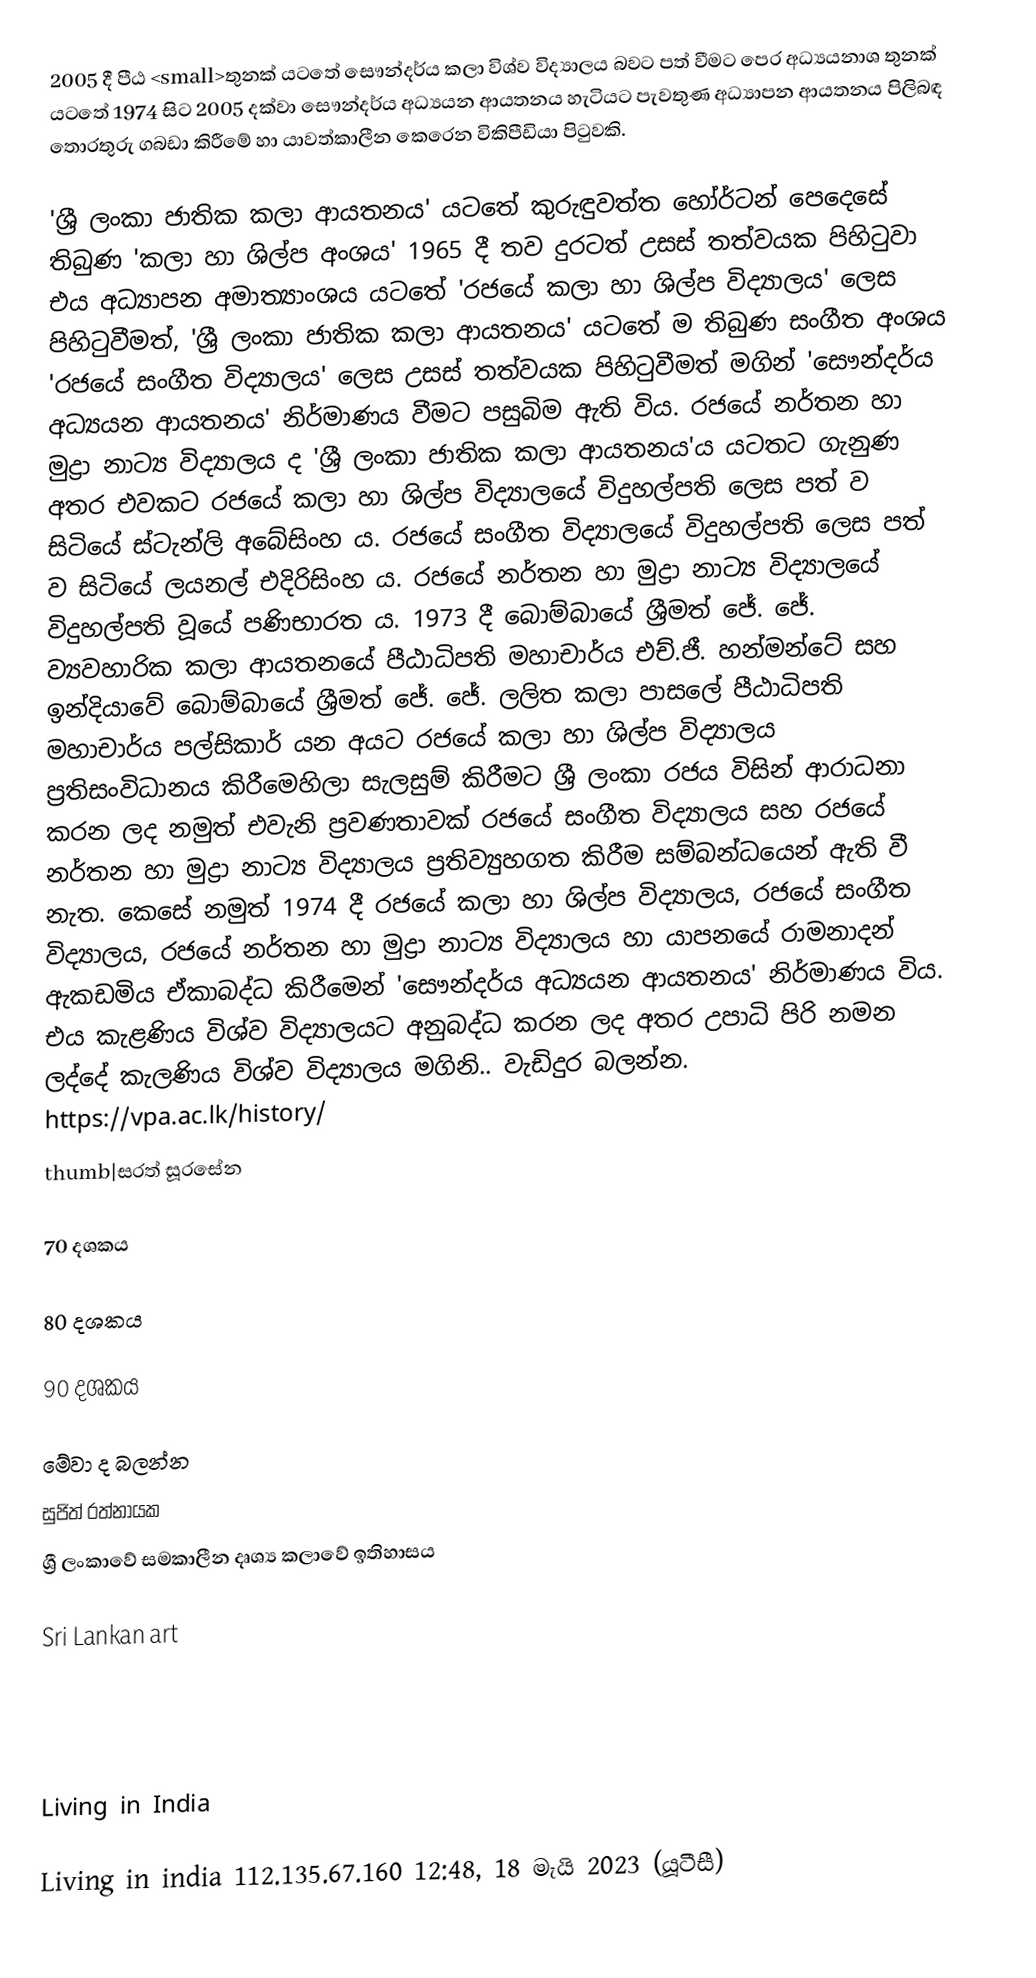
2005 දී පීඨ <small>තුනක් යටතේ සෞන්දර්ය කලා  විශ්ව විද්‍යාලය බවට පත් වීමට පෙර අධ්‍යයනාශ තුනක් යටතේ 1974 සිට 2005 දක්වා සෞන්දර්ය අධ්‍යයන ආයතනය හැටියට පැවතුණ අධ්‍යාපන ආයතනය පිලිබඳ තොරතුරු ගබඩා කිරීමේ හා යාවත්කාලීන කෙරෙන විකිපීඩියා පිටුවකි.

'ශ්‍රී ලංකා ජාතික කලා ආයතනය' යටතේ කුරුඳුවත්ත  හෝර්ටන් පෙදෙසේ  තිබුණ 'කලා හා ශිල්ප අංශය' 1965 දී තව දුරටත්  උසස් තත්වයක පිහිටුවා  එය අධ්‍යාපන අමාත්‍යාංශය යටතේ 'රජයේ කලා හා ශිල්ප විද්‍යාලය' ලෙස  පිහිටුවීමත්,   'ශ්‍රී ලංකා ජාතික කලා ආයතනය' යටතේ ම තිබුණ සංගීත අංශය 'රජයේ සංගීත විද්‍යාලය' ලෙස උසස් තත්වයක පිහිටුවීමත් මගින්   'සෞන්දර්ය අධ්‍යයන ආයතනය' නිර්මාණය වීමට පසුබිම ඇති විය. රජයේ නර්තන හා මුද්‍රා නාට්‍ය විද්‍යාලය ද  'ශ්‍රී ලංකා ජාතික කලා ආයතනය'ය යටතට ගැනුණ අතර  එවකට    රජයේ කලා හා ශිල්ප විද්‍යාලයේ විදුහල්පති ලෙස පත් ව සිටියේ ස්ටැන්ලි අබේසිංහ ය. රජයේ සංගීත විද්‍යාලයේ  විදුහල්පති ලෙස පත් ව සිටියේ ලයනල් එදිරිසිංහ  ය. රජයේ නර්තන හා මුද්‍රා නාට්‍ය විද්‍යාලයේ විදුහල්පති වූයේ පණිභාරත ය. 1973 දී බොම්බායේ ශ්‍රීමත් ජේ. ජේ. ව්‍යවහාරික කලා ආයතනයේ පීඨාධිපති  මහාචාර්ය එච්.ජී. හන්මන්ටේ සහ ඉන්දියාවේ බොම්බායේ ශ්‍රීමත් ජේ. ජේ. ලලිත කලා පාසලේ පීඨාධිපති මහාචාර්ය පල්සිකාර් යන අයට රජයේ කලා හා ශිල්ප විද්‍යාලය ප්‍රතිසංවිධානය කිරීමෙහිලා  සැලසුම් කිරීමට  ශ්‍රී ලංකා රජය විසින් ආරාධනා කරන ලද නමුත් එවැනි ප්‍රවණතාවක්  රජයේ සංගීත විද්‍යාලය සහ රජයේ නර්තන හා මුද්‍රා නාට්‍ය විද්‍යාලය ප්‍රතිව්‍යුහගත කිරීම සම්බන්ධයෙන් ඇති  වී නැත. කෙසේ නමුත් 1974 දී රජයේ කලා හා ශිල්ප විද්‍යාලය, රජයේ සංගීත විද්‍යාලය, රජයේ නර්තන හා මුද්‍රා නාට්‍ය විද්‍යාලය හා යාපනයේ රාමනාදන් ඇකඩමිය ඒකාබද්ධ කිරීමෙන් 'සෞන්දර්ය අධ්‍යයන ආයතනය' නිර්මාණය විය. එය කැළණිය විශ්ව විද්‍යාලයට අනුබද්ධ කරන ලද අතර  උපාධි පිරි නමන ලද්දේ කැලණිය  විශ්ව විද්‍යාලය මගිනි..  වැඩිදුර බලන්න. https://vpa.ac.lk/history/
thumb|සරත් සූරසේන

70 දශකය

80 දශකය

90 දශකය

මේවා ද බලන්න
 සුජිත් රත්නායක
 ශ්‍රී ලංකාවේ සමකාලීන දෘශ්‍ය කලාවේ ඉතිහාසය

Sri Lankan art

Living in India

Living in india 112.135.67.160 12:48, 18 මැයි 2023 (යූටීසී)